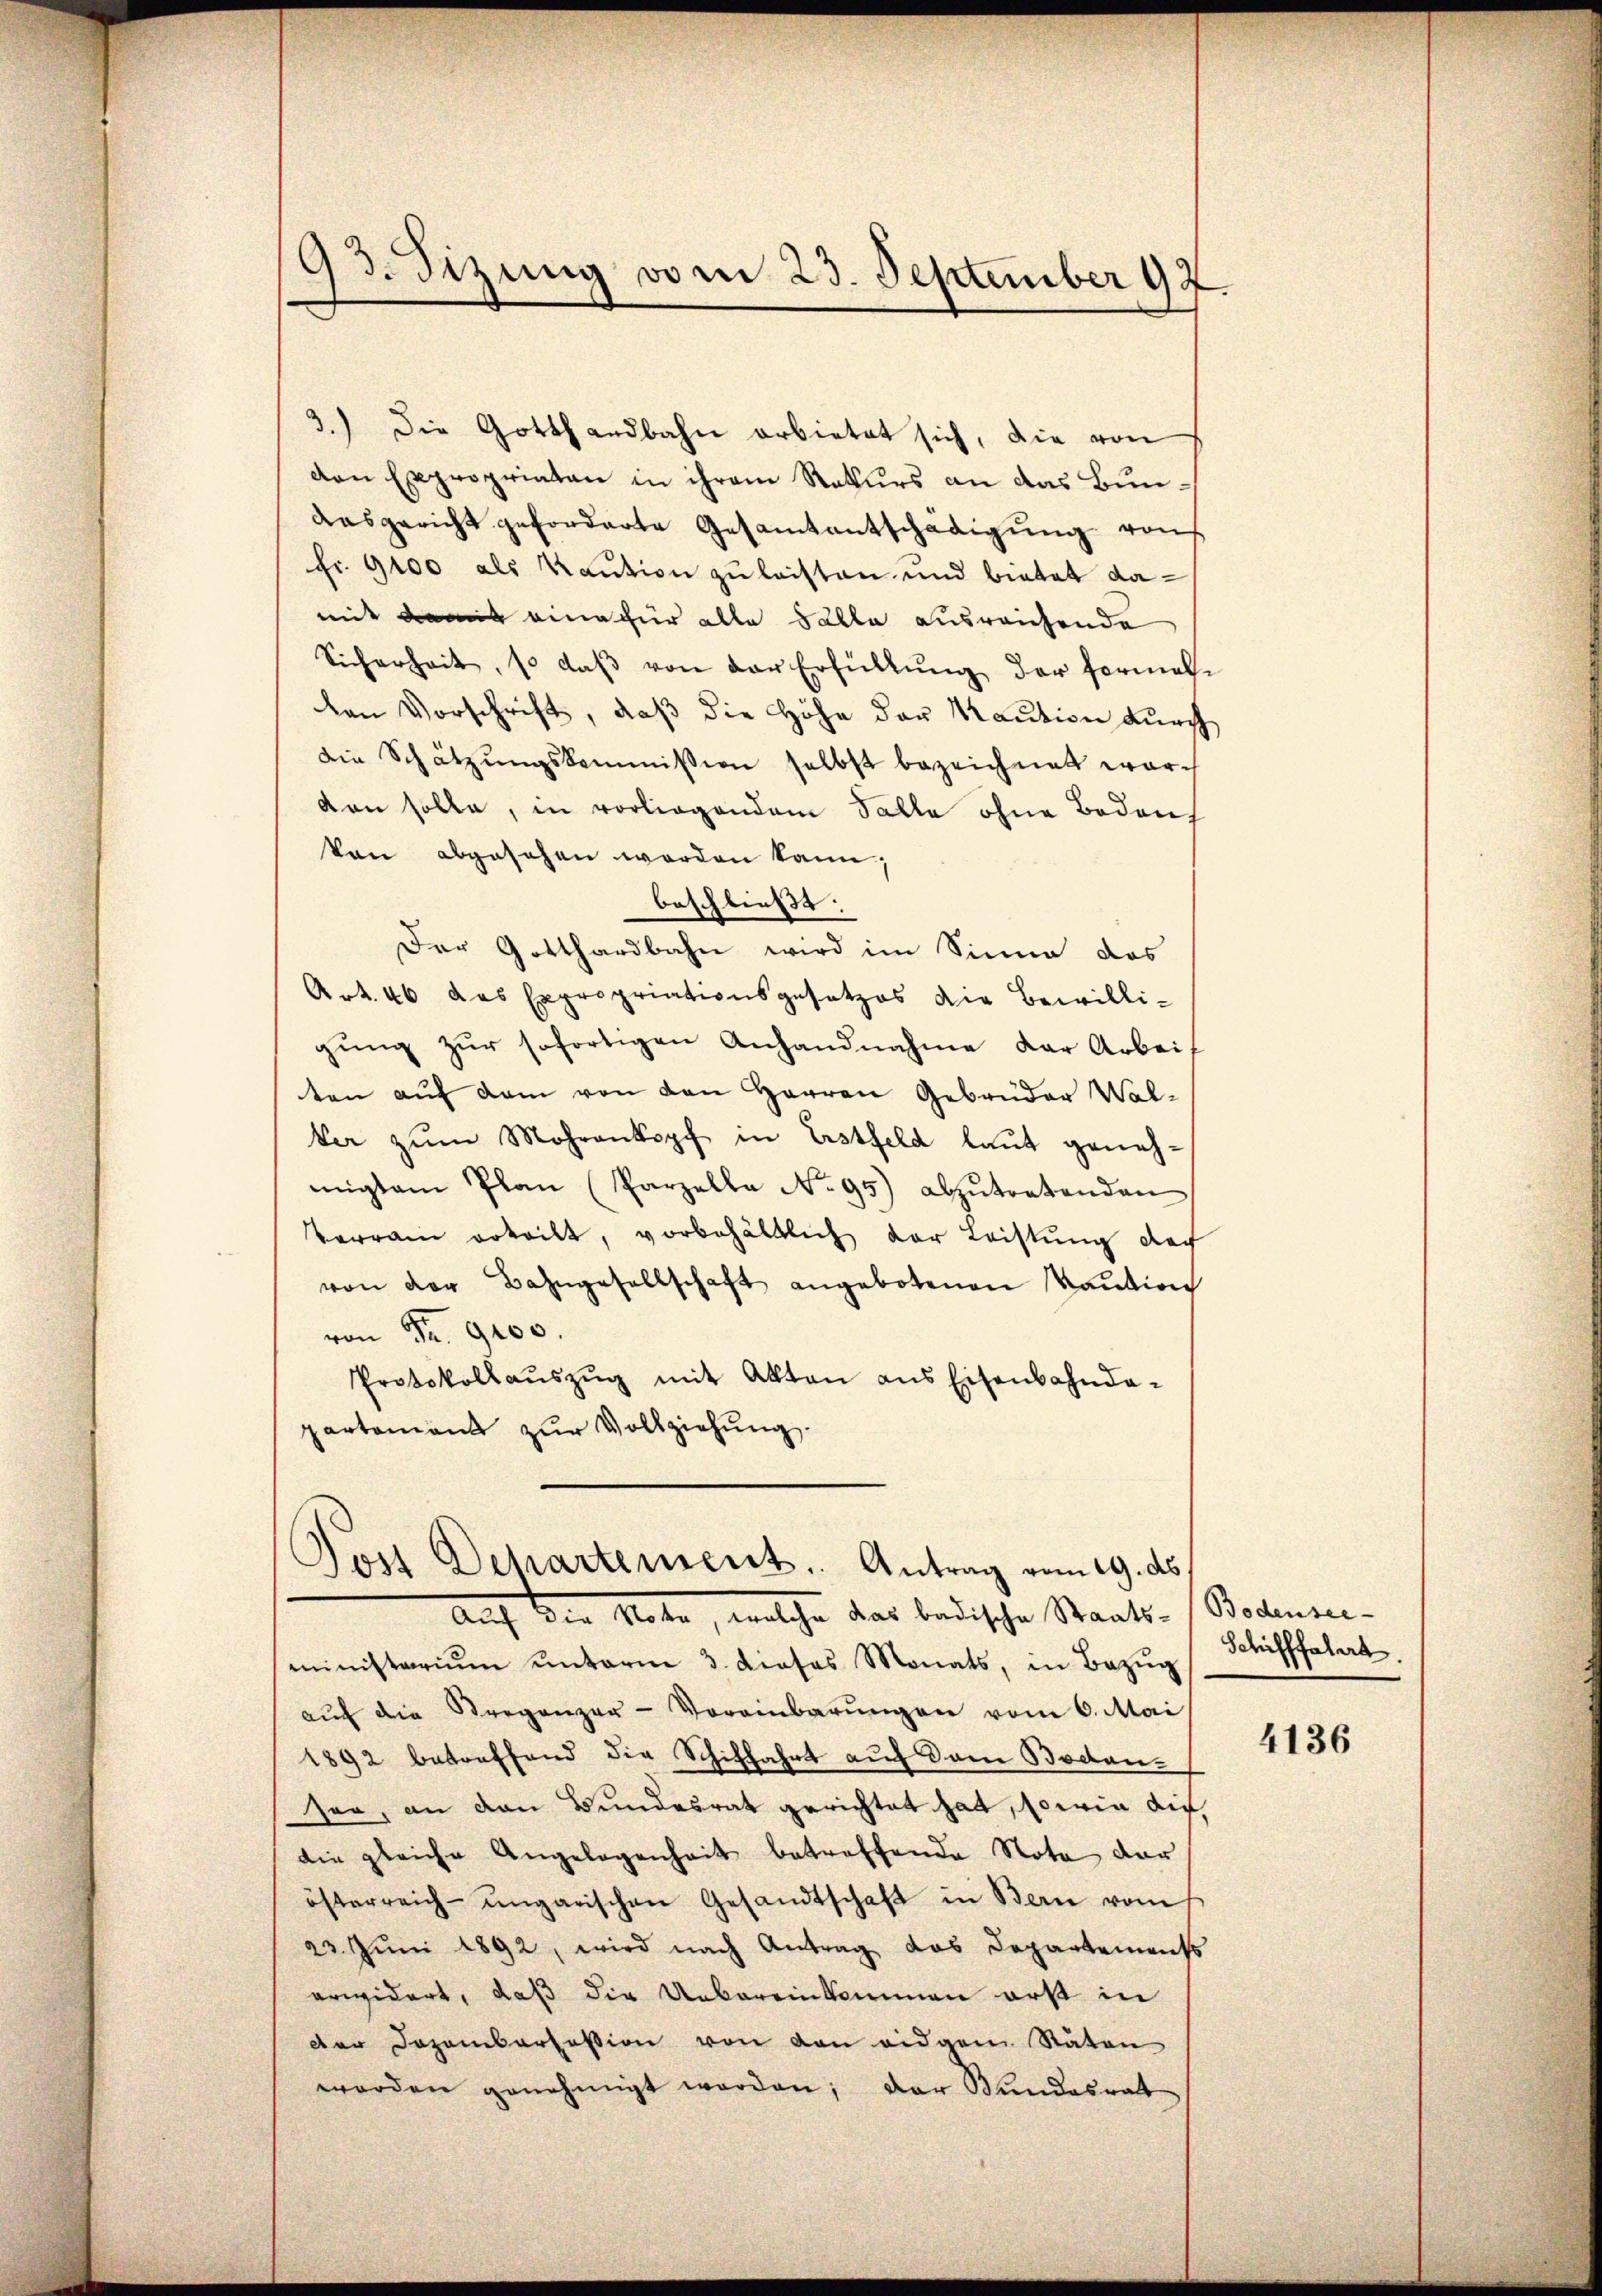
93. Sizung vom 23. September 197.

3.) Die Gotthardbahn arbietet sich, die von
den Expropriaten in ihrem Rekurs an das Bunaasgericht geforderte Gesamtentschädigŭng rauf
fr. 9100 als Kaution zu leisten und bietet damit damit eine für alle Fälle ausreichende
Sicherheit, so daβ von der Erfüllŭng der formali
den Vorschrift, daß die Höhe der Kaution durch
die Schätzŭngskommission selbst bezeichnet war.
den solle, in vorliegendem Falle ohne Bodens
kon abgesehen worden kann;
beschließt.
Der Gotthardbahn wird im Sinne das
Art. 46 das Expropriationsgesetzes die Bewilligŭng zŭr sofortigen Anhandnahme der Arbei
ten aŭf dem von den Herren Gebrüder Walker zŭm Mohrankopf in Erstfeld laut geneh-
migten Plan (Parzella No 95) abzŭtretenden
Verrain erteilt, vorbehältlich der Leistŭng der
von der Bahngesellschaft angebotenen Kaŭtion
von Fr. 9400.
Protokollaŭszŭg mit Akten ans Eisenbahnda-
partament zŭr Vollziehŭng.

Tos Departement. Antrag vom 19. ds.
 Der Note, welche das badische Staats-

Bodensee-
Schifffahrt.

ministarium unterm 3. dieses Monats, in Bezŭg
aŭf die Sterganzer-Vereinbarŭngen vom 6. Mai
1892 betreffend die Schiffahrt auf dann Boden-
ser, an den Bundesrat gerichtet hat, sowie auf,
die gleiche Angelegenheit betreffende Nota der
österreich-ungarischen Gesandtschaft in Bern vom 6.
23. Jŭni 1892, wird nach Antrag das Departements
erwidert, daß die Uebereinkommen erst in
der Dozenbartession von den eidgen Stäten
werden genehmigt worden; der Bundesrat

4136